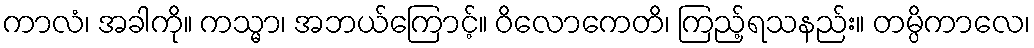
ကာလံ၊ အခါကို။ ကသ္မာ၊ အဘယ်ကြောင့်။ ဝိလောကေတိ၊ ကြည့်ရသနည်း။ တမ္ပိကာလေ၊